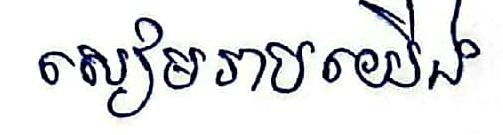
សៀមរាបយើង